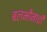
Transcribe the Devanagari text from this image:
बलभीमाची